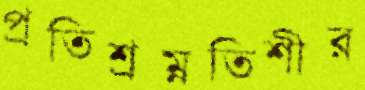
প্রতিশ্রম্নতিশীর